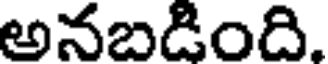
అనబడింది.